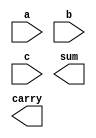
module fa_ha(a,b,c,sum,carry);
input a,b,c;
output sum,carry;




endmodule